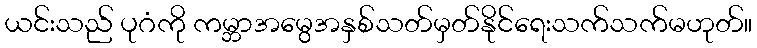
ယင်းသည် ပုဂံကို ကမ္ဘာအမွေအနှစ်သတ်မှတ်နိုင်ရေးသက်သက်မဟုတ်။